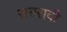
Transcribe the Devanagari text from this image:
सतरावी